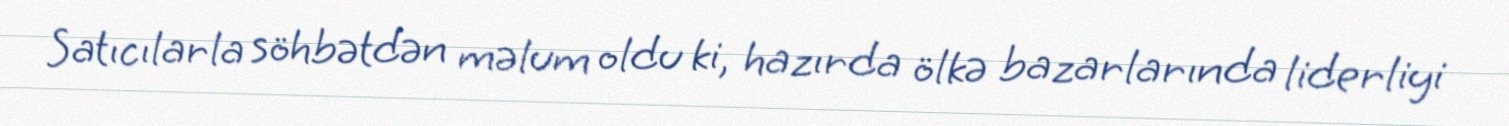
Satıcılarla söhbətdən məlum oldu ki, hazırda ölkə bazarlarında liderliyi